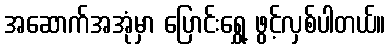
အဆောက်အအုံမှာ ပြောင်းရွှေ့ ဖွင့်လှစ်ပါတယ်။